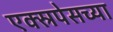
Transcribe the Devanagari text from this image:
एक्स्रपेसच्या